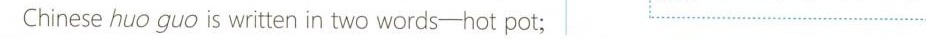
Chinese huo guo is written in two words-hot pot;